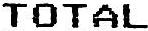
TOTAL